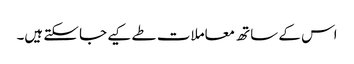
اس کے ساتھ معاملات طے کیے جا سکتے ہیں۔